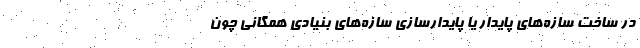
در ساخت سازه‌های پایدار یا پایدارسازی سازه‌های بنیادی همگانی چون